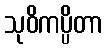
သုဝိကပ္ပိတာ